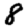
Digit: 8